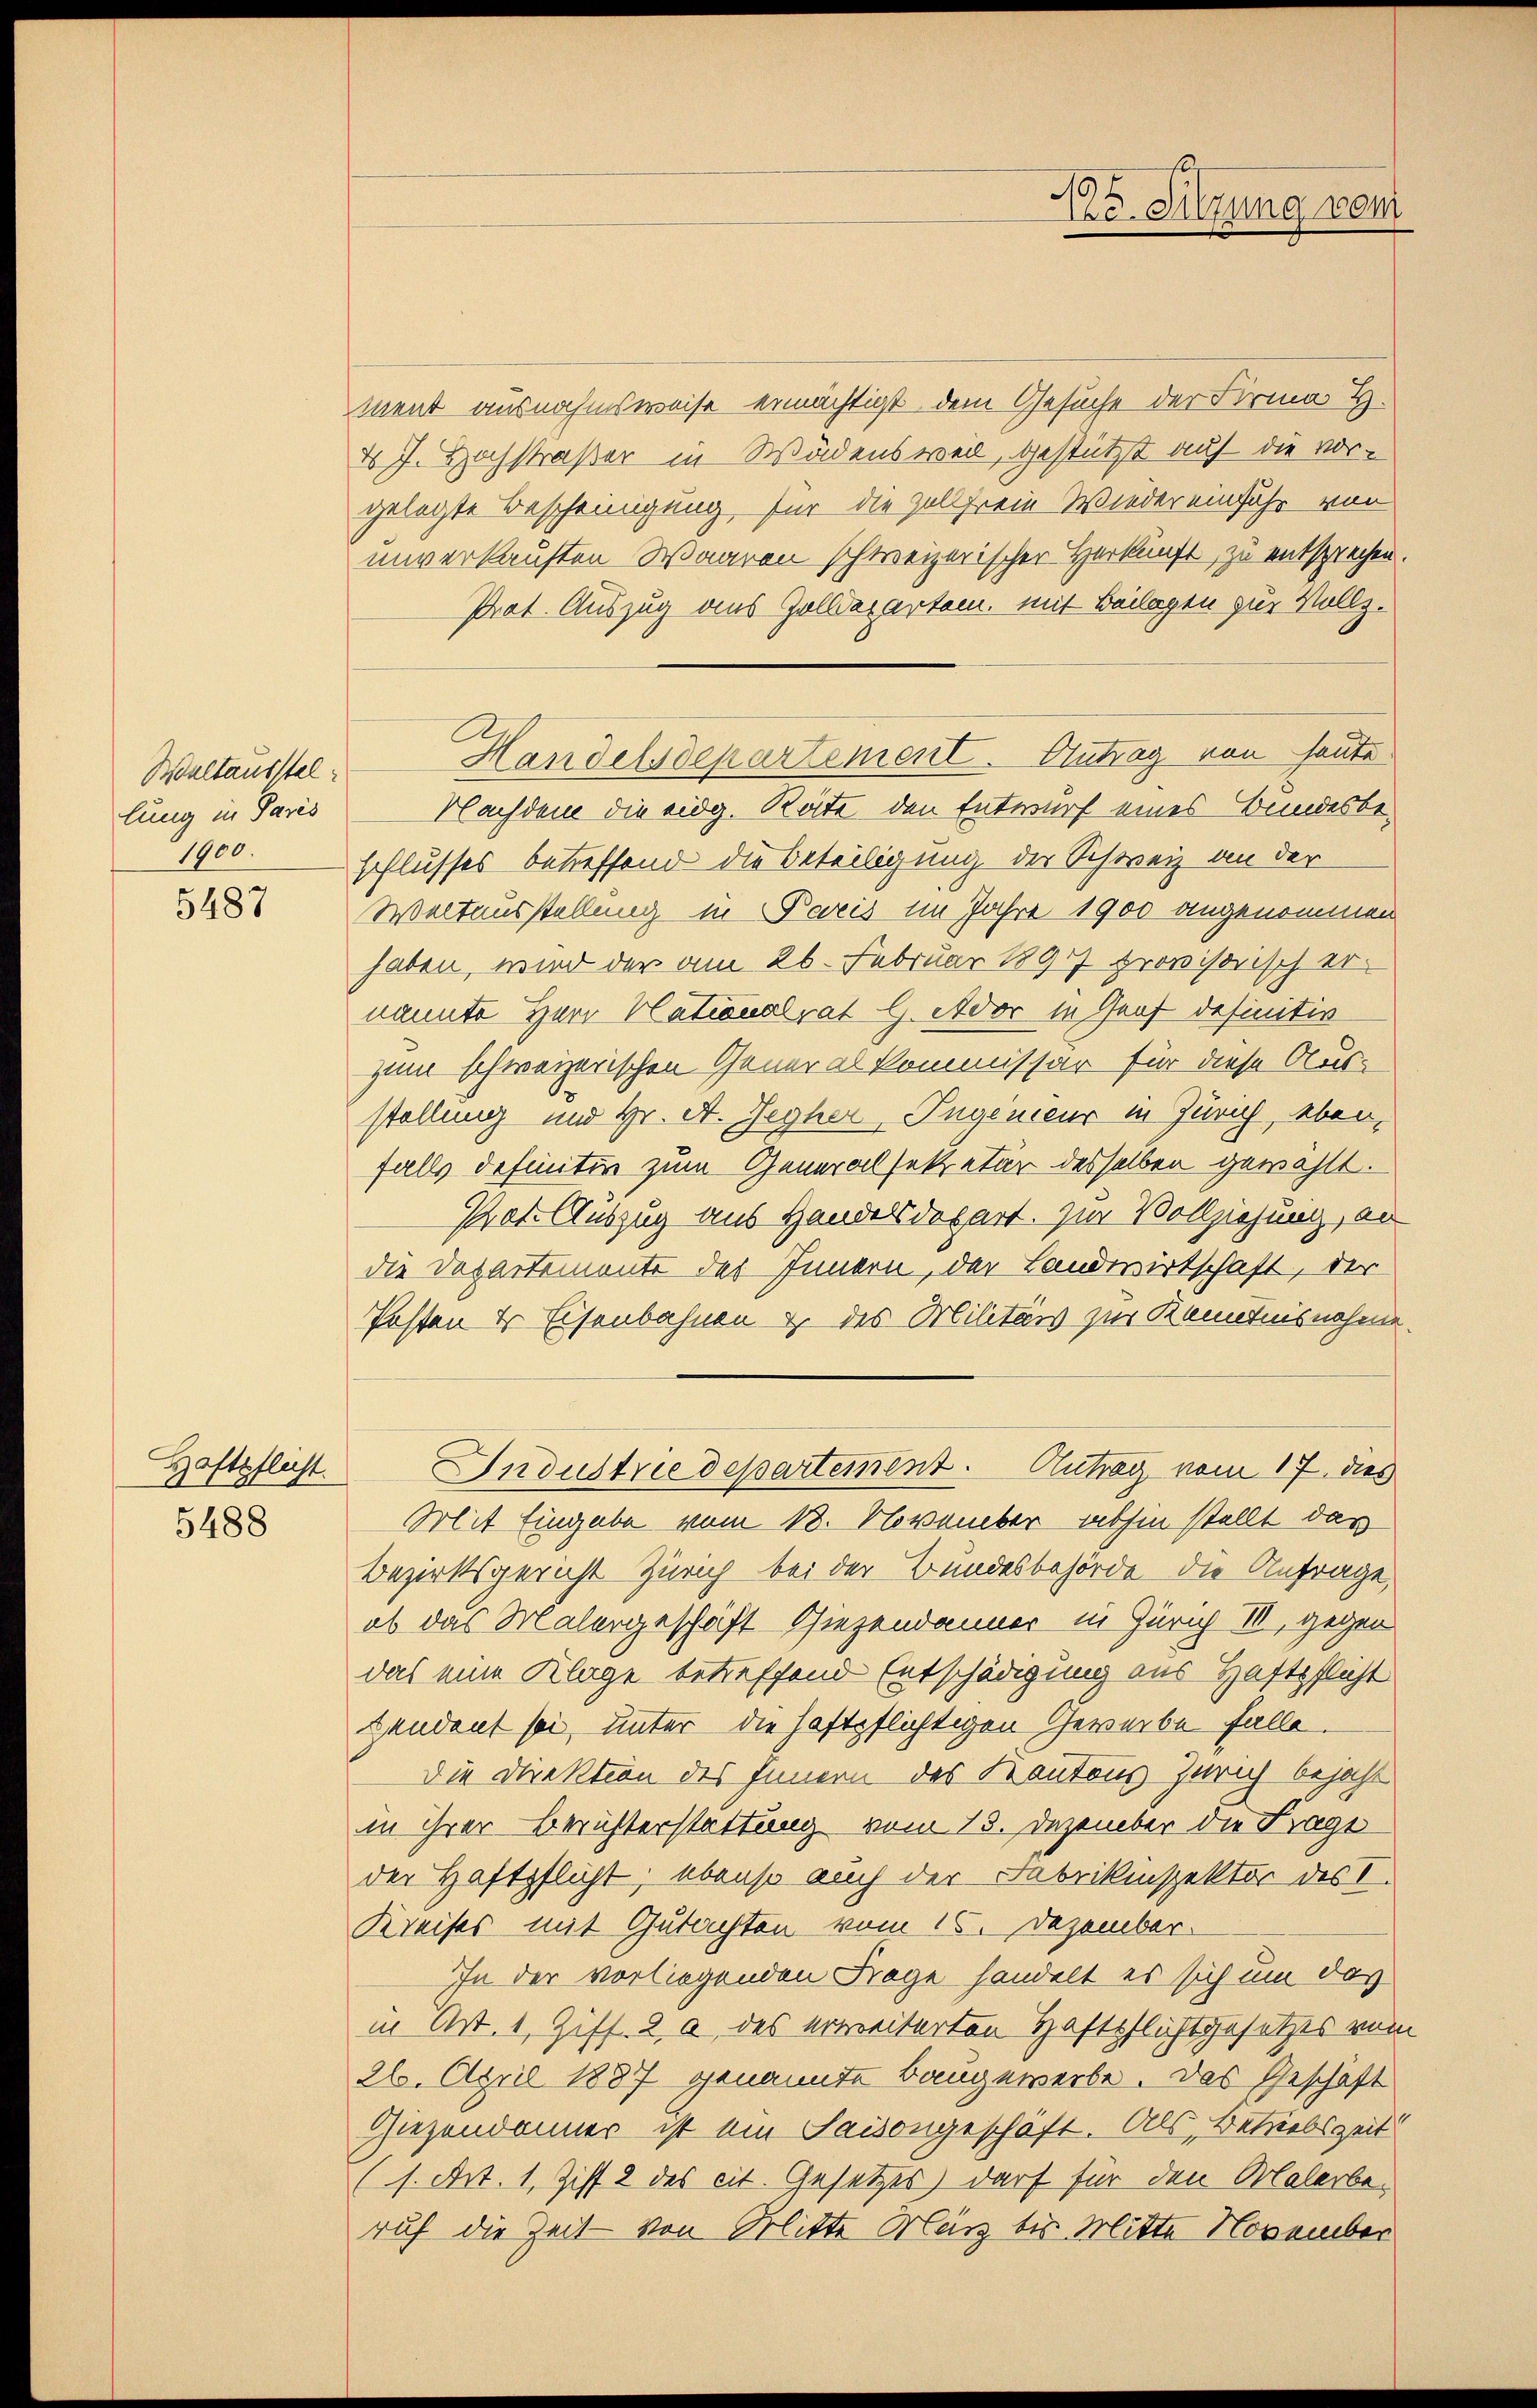
Waltausstellung in Paris
1800.

5487

Haftpflicht.
5488

ment ausnahmsweise ermächtigt, dem Gesuche der Firma H.
ds J. Hochstraßer in Wädensweil, gestützt auf die vor-
gelegte Bescheinigung für die Zollfreie Wieder einfuhr von
unverkauften Waaren schweizerischer Herkunft zu entsprechen.
Prat. Auszug aus Zolldepartem, mit Beilagen zur Vollz.
Nachdem die eidg. Räte den Entwurf eines Bundesbeschlusses betreffend die Beteiligung der Schweiz an der
Weltausstellung in Paris im Jahre 1900 angenommen
haben, wird der am 26. Februar 1897 provisorisch ernannte Herr Nationalrat G. Ador in Graf definitiv
zum schweizerischen Generalkommissär für diese Aus-
stellung und Hr. A. Jegher, Ingenieur in Zürich, eben,
falls definitiv zum General setz etar desselben gewählt.
Prot. Auszug aus Handelsdepart. Zur Vollziehung, an
die Departemente des Innern, der Landwirtschaft, der
Posten & Eisenbahnen & des Militärs zur Kenntnisnahme.
Industrie departement. Antrag vom 17. dies
Mit Eingabe vom 18. November abhin stellt das
Bezirksgericht Zürich bei der Bundesbehörde die Anfrage,
ob das Malergeschrift Giezendanner in Zürich III, gegen
das eine Klage betreffend Entschädigung aus Haftpflicht
zendent sei, unter die Haftpflichtigen Gewerbe falle.
Die Direktion des Innern des Kantons Zürich bejaht
in ihrer Beruhterstattung vom 15. Dezember die Fragt
der Haftpflicht; ebenso auch der Fabrikinspektor des I
Kreises mit Gutachten vom 15. Dezember.
In der vorliegenden Frage handelt es sich um das
in Art. 1, Ziff. 2 a des erweiterten Haftpflichtgesetzes vom
26. April 1887 genannte Baugewerbe. Das Geschäft
Giezendamner ist ein Saisongeschäft. Als Betriebszeit!
(s. Art. 1, Ziff. 2 des cit. Gesetzes darf für den Malerberuf die Zeit - von Mitte März bis Mitte November

Handelsdepartement. Antrag von heute

194
Ic. Sitzung vom